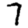
Digit: 7